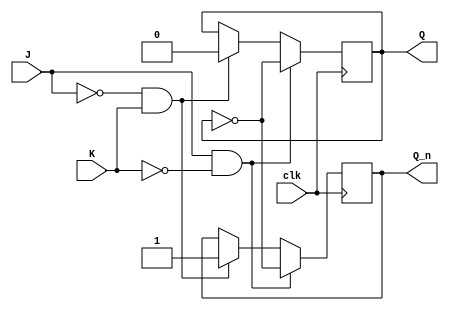
module neg_edge_JK_FF (
    input J,
    input K,
    input clk,
    output reg Q,
    output reg Q_n
);

always @(negedge clk) begin
    if (J == 1 && K == 0) begin
        Q <= ~Q;
        Q_n <= ~Q;
    end else if (J == 0 && K == 1) begin
        Q <= 0;
        Q_n <= 1;
    end else if (J == 1 && K == 1) begin
        // Hold current state
    end else begin // (J == 0 && K == 0)
        // Remain in current state
    end
end

endmodule